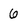
Character: 6